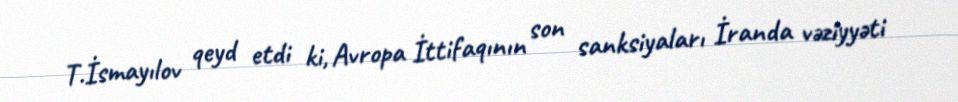
T.İsmayılov qeyd etdi ki, Avropa İttifaqının son sanksiyaları İranda vəziyyəti